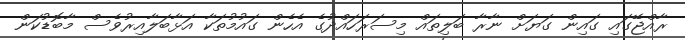
ރާއްޖޭގައި ގައިން ގަޔަށް ނާރާ ބަލިތައް މިސަރަހައްދުގެ އެހެން ގައުމުތަކާ އަޅާބަލާއިރުވެސް މާބޮޑުކަން